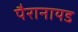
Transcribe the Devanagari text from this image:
पैरानायड